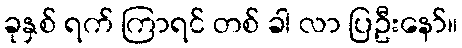
ခုနှစ် ရက် ကြာရင် တစ် ခါ လာ ပြဦးနော်။